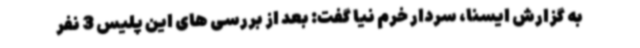
به گزارش ایسنا، سردار خرم نیا گفت: بعد از بررسی های این پلیس 3 نفر